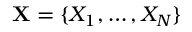
\mathbf { X } = \{ X _ { 1 } , \ldots , X _ { N } \}